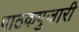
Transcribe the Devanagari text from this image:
पाठकपुजारी